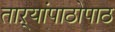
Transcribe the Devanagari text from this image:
ताऱ्यांपाठोपाठ